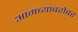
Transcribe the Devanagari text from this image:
आमच्याबरोबर